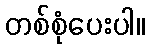
တစ်စုံပေးပါ။